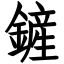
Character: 鏟